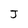
Character: J